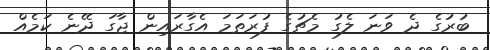
ބުރުގެ ދެ ވަނަ ލެގު މެޗުގެ ފުރަތަމަ އެގާރައިން ޖާގަ ދޭނެ ކަމެއް